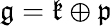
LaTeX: {\mathfrak{g}}={\mathfrak{k}}\oplus{\mathfrak{p}}